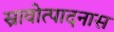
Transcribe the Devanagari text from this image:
स्रावोत्पादनास